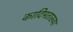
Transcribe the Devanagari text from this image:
कादिमताख्या